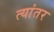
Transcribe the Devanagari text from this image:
त्यांतर